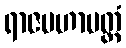
ရာဇမဟာမတ္တံ